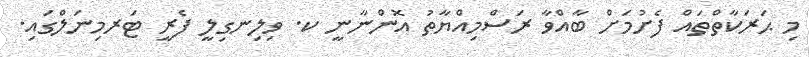
މި ޙަރަކާތްތައް ފެށުމަށް ބާއްވާ ރަސްމިއްޔާތު އޮންނާނީ ކ. ވިލިނގިލީ ފެރީ ޓަރމިނަލްގައި.